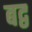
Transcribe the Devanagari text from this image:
बद्व